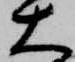
大